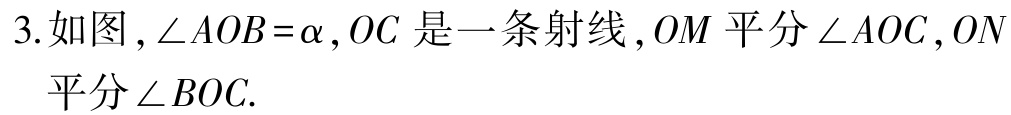
3.如图，\(\angle AOB = \alpha\)，\(OC\)是一条射线，\(OM\)平分\(\angle AOC\)，\(ON\)平分\(\angle BOC\).